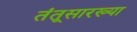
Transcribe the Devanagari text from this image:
तंतूसारख्या